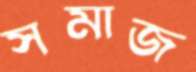
সমাজ